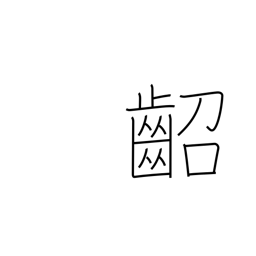
Meaning: young child